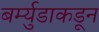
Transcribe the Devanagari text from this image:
बर्म्युडाकडून